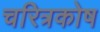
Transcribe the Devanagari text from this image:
चरित्रकोष